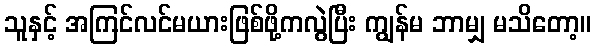
သူနှင့် အကြင်လင်မယားဖြစ်ဖို့ကလွဲပြီး ကျွန်မ ဘာမျှ မသိတော့။